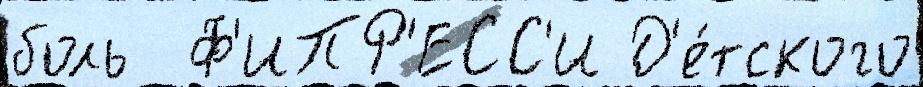
боль  Ф'ИПР'ЕСС'И Д'е́тского